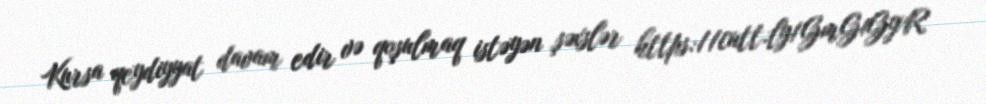
Kursa qeydiyyat davam edir və qoşulmaq istəyən şəxslər https://cutt.ly/GmG1GyR